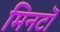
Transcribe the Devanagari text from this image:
मिनटॊ